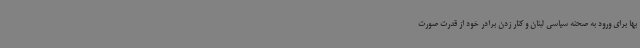
بها برای ورود به صحنه سیاسی لبنان و کنار زدن برادر خود از قدرت صورت